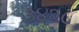
૩૪૨૮